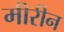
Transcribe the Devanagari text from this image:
मीरीन